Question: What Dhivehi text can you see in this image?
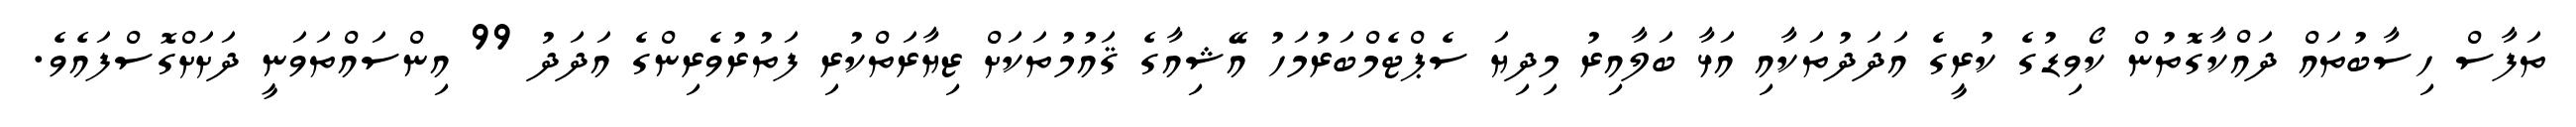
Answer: ތަފާސް ހިސާބުތައް ދައްކާގޮތުން ކޯވިޑުގެ ކުރީގެ އަދަދުތަކާއި އަޅާ ބަލާއިރު މިދިޔަ ސެޕްޓެމްބަރުމަހު އޭޝިއާގެ ޤައުމުތަކަށް ޒިޔާރަތްކުރި ފަތުރުވެރިންގެ އަދަދު 99 އިންސައްތަވަނީ ދަށަށްގޮސްފައެވެ.